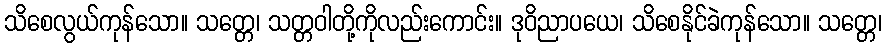
သိစေလွယ်ကုန်သော။ သတ္တေ၊ သတ္တဝါတို့ကိုလည်းကောင်း။ ဒုဝိညာပယေ၊ သိစေနိုင်ခဲကုန်သော။ သတ္တေ၊